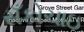
સઁકોચાઇ